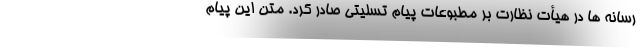
رسانه ها در هیأت نظارت بر مطبوعات پیام تسلیتی صادر کرد. متن این پیام